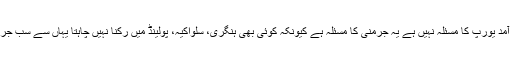
یورو نیوز کی رپورٹ کے مطابق میڈیا سے گفتگو میں ویکٹر اوبان نے کہا کہ مہاجرین کی آمد یورپ کا مسئلہ نہیں ہے یہ جرمنی کا مسئلہ ہے کیونکہ کوئی بھی ہنگری، سلواکیہ، پولینڈ میں رکنا نہیں چاہتا یہاں سے سب جرمنی جانا چاہیں گے ہمارا کام صرف ان کی رجسٹریشن ہے جس کا تقاضا ہم سے کیا گیا ہے۔